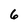
Character: 6